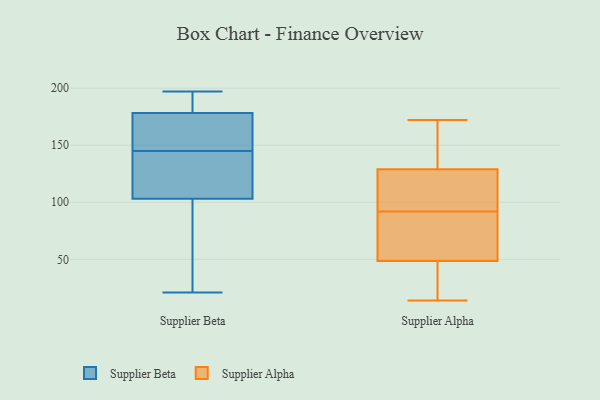
{"axis": {"x": "Inventory Turnover", "y": "Value"}, "legend": ["Supplier Alpha", "Supplier Beta"], "data": [{"x": "", "y": 142, "type": "Supplier Beta"}, {"x": "", "y": 192, "type": "Supplier Beta"}, {"x": "", "y": 197, "type": "Supplier Beta"}, {"x": "", "y": 108, "type": "Supplier Beta"}, {"x": "", "y": 88, "type": "Supplier Beta"}, {"x": "", "y": 50, "type": "Supplier Beta"}, {"x": "", "y": 177, "type": "Supplier Beta"}, {"x": "", "y": 21, "type": "Supplier Beta"}, {"x": "", "y": 77, "type": "Supplier Beta"}, {"x": "", "y": 171, "type": "Supplier Beta"}, {"x": "", "y": 111, "type": "Supplier Beta"}, {"x": "", "y": 145, "type": "Supplier Beta"}, {"x": "", "y": 146, "type": "Supplier Beta"}, {"x": "", "y": 139, "type": "Supplier Beta"}, {"x": "", "y": 182, "type": "Supplier Beta"}, {"x": "", "y": 146, "type": "Supplier Beta"}, {"x": "", "y": 185, "type": "Supplier Beta"}, {"x": "", "y": 86, "type": "Supplier Alpha"}, {"x": "", "y": 159, "type": "Supplier Alpha"}, {"x": "", "y": 49, "type": "Supplier Alpha"}, {"x": "", "y": 101, "type": "Supplier Alpha"}, {"x": "", "y": 98, "type": "Supplier Alpha"}, {"x": "", "y": 59, "type": "Supplier Alpha"}, {"x": "", "y": 172, "type": "Supplier Alpha"}, {"x": "", "y": 102, "type": "Supplier Alpha"}, {"x": "", "y": 26, "type": "Supplier Alpha"}, {"x": "", "y": 48, "type": "Supplier Alpha"}, {"x": "", "y": 48, "type": "Supplier Alpha"}, {"x": "", "y": 14, "type": "Supplier Alpha"}, {"x": "", "y": 159, "type": "Supplier Alpha"}, {"x": "", "y": 135, "type": "Supplier Alpha"}, {"x": "", "y": 56, "type": "Supplier Alpha"}, {"x": "", "y": 123, "type": "Supplier Alpha"}]}